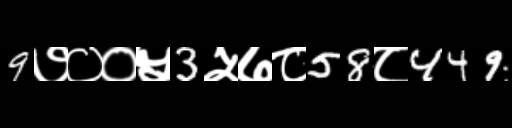
Text: 9७००५3५७८58८449